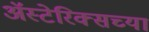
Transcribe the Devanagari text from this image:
अॅस्टेरिक्सच्या